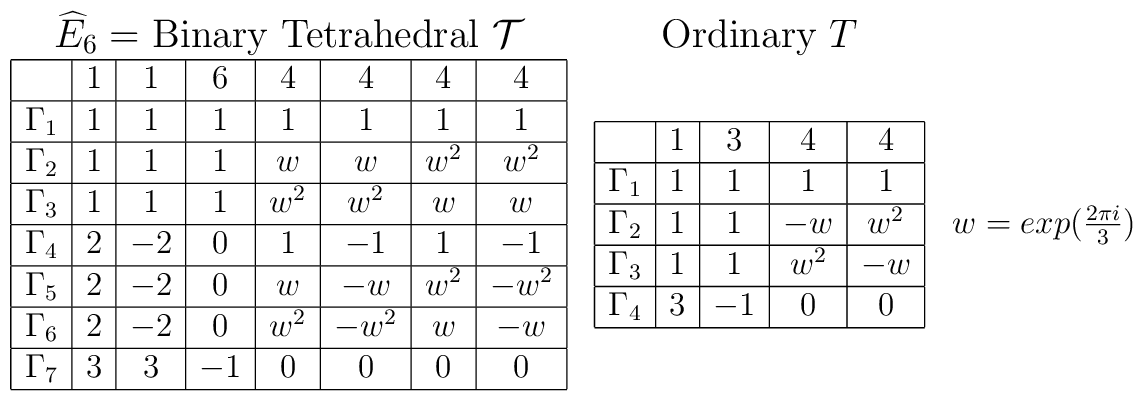
\begin{array}{ccc}\mbox{{\large $\widehat{E}_{6}=$ Binary Tetrahedral $\cal{T}$}}&\mbox{{\large Ordinary $T$}}&\\\begin{array}{|c|c|c|c|c|c|c|c|}\hline	   & 1 & 1 & 6 & 4 & 4 & 4 & 4 \\ \hline\Gamma_{1} & 1 & 1 & 1 & 1 & 1 & 1 & 1 \\ \hline\Gamma_{2} & 1 & 1 & 1 & w & w & w^2 & w^2 \\ \hline\Gamma_{3} & 1 & 1 & 1 & w^2 & w^2 & w & w \\ \hline\Gamma_{4} & 2 & -2 & 0 & 1 & -1 & 1 & -1 \\ \hline\Gamma_{5} & 2 & -2 & 0 & w & -w & w^2 & -w^2 \\ \hline\Gamma_{6} & 2 & -2 & 0 & w^2 & -w^2 & w & -w \\ \hline\Gamma_{7} & 3 & 3 & -1 & 0 & 0 & 0 & 0 \\ \hline\end{array}&\begin{array}{|c|c|c|c|c|}\hline	 & 1 & 3 & 4 & 4 \\ \hline\Gamma_1 & 1 & 1 & 1 & 1 \\ \hline\Gamma_2 & 1 & 1 & -w & w^2 \\ \hline\Gamma_3 & 1 & 1 & w^2 & -w \\ \hline\Gamma_4 & 3 & -1 & 0 & 0 \\ \hline\end{array}&w = exp(\frac{2 \pi i}{3})\end{array}